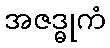
အဇဒ္ဓုကံ